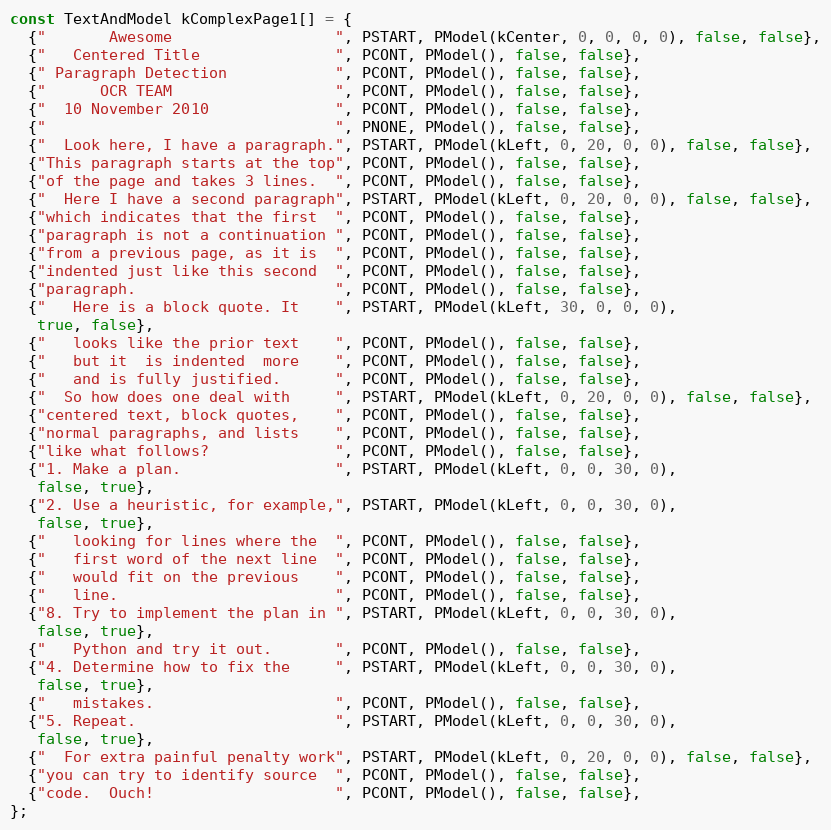
Language: C++
const TextAndModel kComplexPage1[] = {
  {"       Awesome                  ", PSTART, PModel(kCenter, 0, 0, 0, 0), false, false},
  {"   Centered Title               ", PCONT, PModel(), false, false},
  {" Paragraph Detection            ", PCONT, PModel(), false, false},
  {"      OCR TEAM                  ", PCONT, PModel(), false, false},
  {"  10 November 2010              ", PCONT, PModel(), false, false},
  {"                                ", PNONE, PModel(), false, false},
  {"  Look here, I have a paragraph.", PSTART, PModel(kLeft, 0, 20, 0, 0), false, false},
  {"This paragraph starts at the top", PCONT, PModel(), false, false},
  {"of the page and takes 3 lines.  ", PCONT, PModel(), false, false},
  {"  Here I have a second paragraph", PSTART, PModel(kLeft, 0, 20, 0, 0), false, false},
  {"which indicates that the first  ", PCONT, PModel(), false, false},
  {"paragraph is not a continuation ", PCONT, PModel(), false, false},
  {"from a previous page, as it is  ", PCONT, PModel(), false, false},
  {"indented just like this second  ", PCONT, PModel(), false, false},
  {"paragraph.                      ", PCONT, PModel(), false, false},
  {"   Here is a block quote. It    ", PSTART, PModel(kLeft, 30, 0, 0, 0),
   true, false},
  {"   looks like the prior text    ", PCONT, PModel(), false, false},
  {"   but it  is indented  more    ", PCONT, PModel(), false, false},
  {"   and is fully justified.      ", PCONT, PModel(), false, false},
  {"  So how does one deal with     ", PSTART, PModel(kLeft, 0, 20, 0, 0), false, false},
  {"centered text, block quotes,    ", PCONT, PModel(), false, false},
  {"normal paragraphs, and lists    ", PCONT, PModel(), false, false},
  {"like what follows?              ", PCONT, PModel(), false, false},
  {"1. Make a plan.                 ", PSTART, PModel(kLeft, 0, 0, 30, 0),
   false, true},
  {"2. Use a heuristic, for example,", PSTART, PModel(kLeft, 0, 0, 30, 0),
   false, true},
  {"   looking for lines where the  ", PCONT, PModel(), false, false},
  {"   first word of the next line  ", PCONT, PModel(), false, false},
  {"   would fit on the previous    ", PCONT, PModel(), false, false},
  {"   line.                        ", PCONT, PModel(), false, false},
  {"8. Try to implement the plan in ", PSTART, PModel(kLeft, 0, 0, 30, 0),
   false, true},
  {"   Python and try it out.       ", PCONT, PModel(), false, false},
  {"4. Determine how to fix the     ", PSTART, PModel(kLeft, 0, 0, 30, 0),
   false, true},
  {"   mistakes.                    ", PCONT, PModel(), false, false},
  {"5. Repeat.                      ", PSTART, PModel(kLeft, 0, 0, 30, 0),
   false, true},
  {"  For extra painful penalty work", PSTART, PModel(kLeft, 0, 20, 0, 0), false, false},
  {"you can try to identify source  ", PCONT, PModel(), false, false},
  {"code.  Ouch!                    ", PCONT, PModel(), false, false},
};